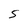
Character: S